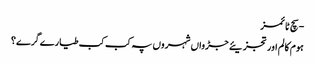
- سچ ٹائمز
ہوم کالم اور تجزیئے جڑواں شہروں پہ کب کب طیارے گرے؟